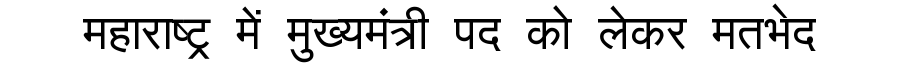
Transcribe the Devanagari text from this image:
महाराष्ट्र में मुख्यमंत्री पद को लेकर मतभेद